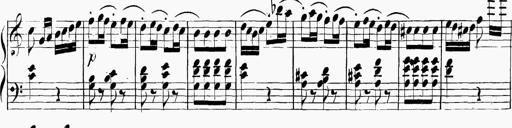
Title: 6 Sonatinas
Composer: Carl Reinecke